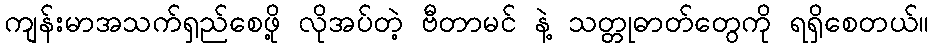
ကျန်းမာအသက်ရှည်စေဖို့ လိုအပ်တဲ့ ဗီတာမင် နဲ့ သတ္တုဓာတ်တွေကို ရရှိစေတယ်။